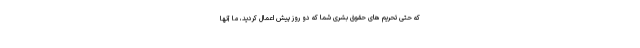
که حتی تحریم های حقوق بشری شما که دو روز پیش اعمال کردید، ما آنها